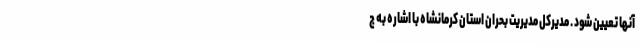
آنها تعیین شود . مدیرکل مدیریت بحران استان کرمانشاه با اشاره به ج